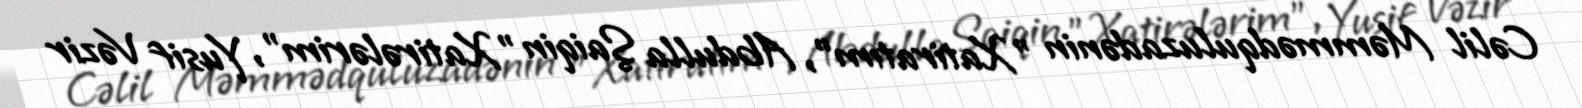
Cəlil Məmmədquluzadənin "Xatiratım", Abdulla Şaiqin "Xatirələrim", Yusif Vəzir